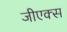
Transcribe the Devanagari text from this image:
जीएक्स